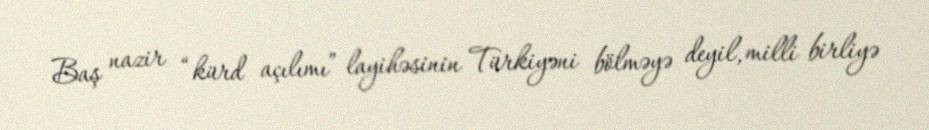
Baş nazir “kürd açılımı” layihəsinin Türkiyəni bölməyə deyil, milli birliyə